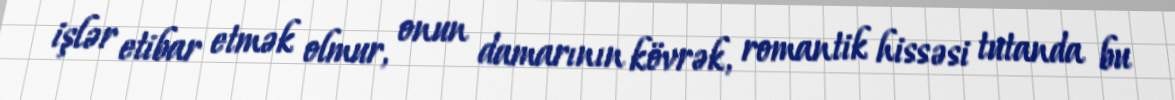
işlər etibar etmək olmur, onun damarının kövrək, romantik hissəsi tutanda bu